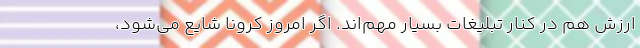
ارزش هم در کنار تبلیغات بسیار مهم‌اند. اگر امروز کرونا شایع می‌شود،